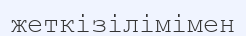
жеткізілімімен